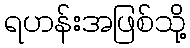
ရဟန်းအဖြစ်သို့